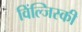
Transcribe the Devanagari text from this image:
विंल्जिस्की